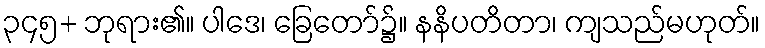
၃၄၅+ ဘုရား၏။ ပါဒေ၊ ခြေတော်၌။ နနိပတိတာ၊ ကျသည်မဟုတ်။